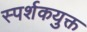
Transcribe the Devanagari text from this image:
स्पर्शकयुक्त